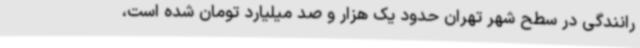
رانندگی در سطح شهر تهران حدود یک هزار و صد میلیارد تومان شده است،